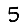
Digit: 5